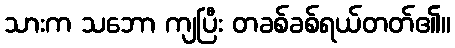
သားက သဘော ကျပြီး တခစ်ခစ်ရယ်တတ်၏။